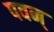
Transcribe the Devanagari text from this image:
पवन्